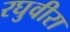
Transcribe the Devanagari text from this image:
रघुवीरा